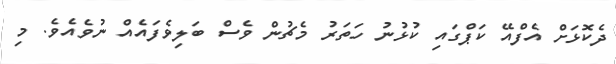
ދެކޮޅަށް އެފްއޭ ކަޕްގައި ކުޅުނު ހަތަރު މެޗުން ވެސް ބަލިވެފައެއް ނުވެއެވެ. މި